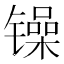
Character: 𲈞